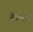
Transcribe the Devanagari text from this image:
देवलों